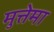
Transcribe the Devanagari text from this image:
मुत्तेमा